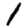
Digit: 1